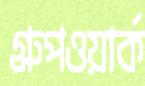
গ্রুপওয়ার্ক